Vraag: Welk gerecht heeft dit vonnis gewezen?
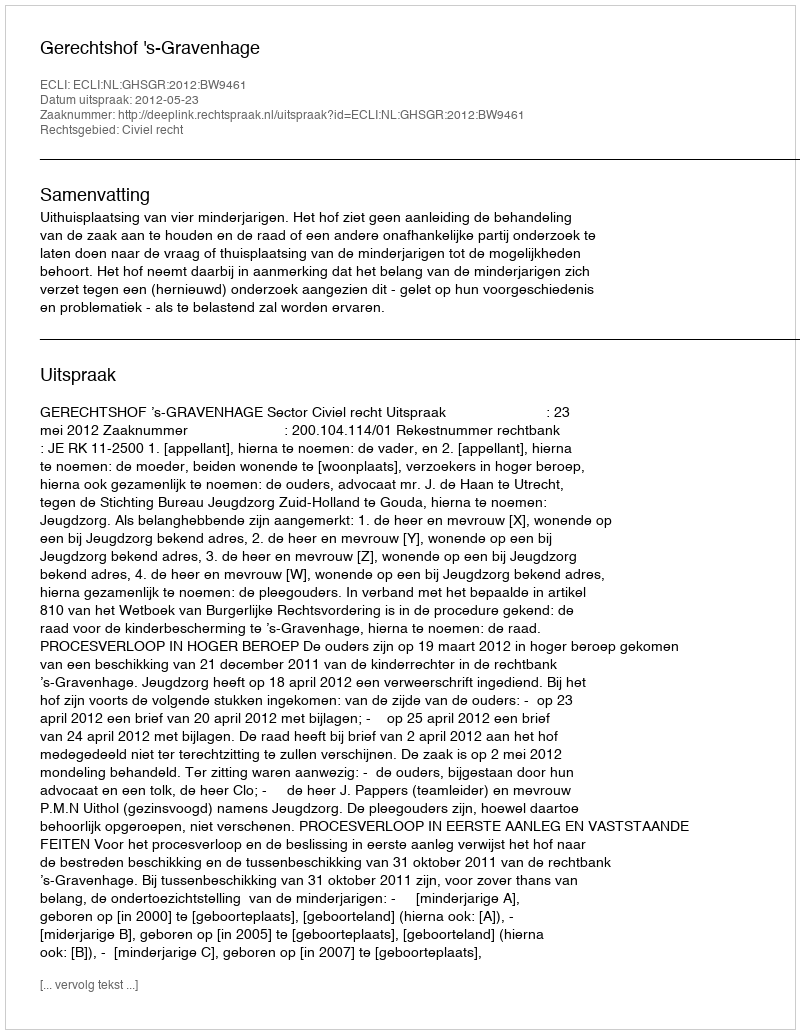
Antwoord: Gerechtshof 's-Gravenhage